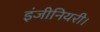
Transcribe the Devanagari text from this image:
इंजीनियरी।